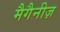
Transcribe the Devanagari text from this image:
मैगैनीज़